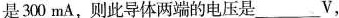
是300mA，则此导体两端的电压是___V，